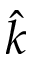
\hat { k }